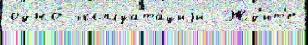
одно́ эксплуата́циjи  Жд'и́т'е